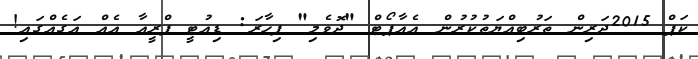
ކަޕް 2015ދަރިން ތަރުބިއްޔަތުކުރުން އެއާޕޯޓް "ދޮވެމި" ފިހާރަ: ޑިއުޓީ ފްރީއާ އެއް އަގެއްގައި!